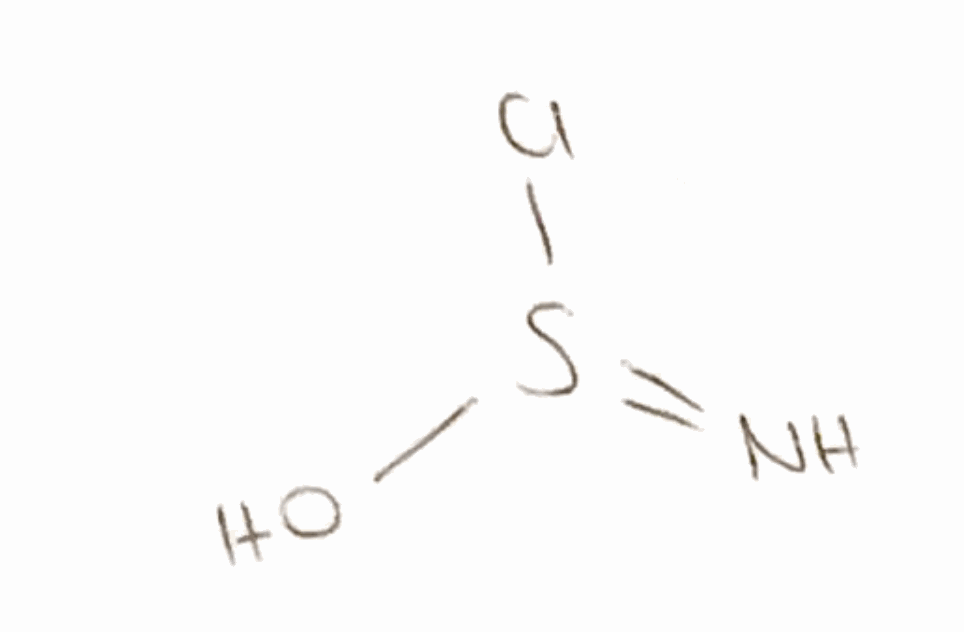
Simplified molecular-input line-entry system (SMILES) notation of the given molecule:
N=S(O)Cl